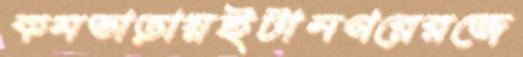
কমভাড়ায়ইটানগরেরজে